Annual report of the Punjab Veterinary College and of the Civil Veterinary Department, Punjab - 1920-1925
Year: 1920
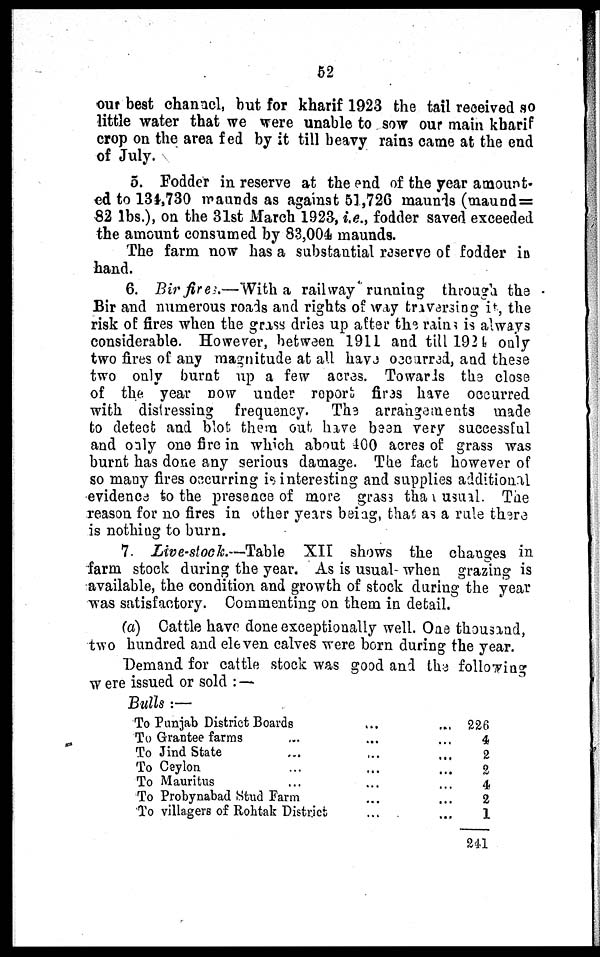
52
our best channel, but for kharif 1923 the tail received so
little water that we were unable to sow our main kharif
crop on the area fed by it till heavy rains came at the end
of July.
5. Fodder in reserve at the end of the year amount-
ed to 134,730 maunds as against 51,726 maunds (maund=
82 lbs.), on the 31st March 1923, i.e., fodder saved exceeded
the amount consumed by 83,004 maunds.
The farm now has a substantial reserve of fodder in
hand.
6. Bir fires.—With a railway running through the
Bir and numerous roads and rights of way traversing it, the
risk of fires when the grass dries up after the rains is always
considerable. However, between 1911 and till 1924 only
two fires of any magnitude at all have occurred, and these
two only burnt up a few acres. Towards the close
of the year now under report fires have occurred
with distressing frequency. The arrangements made
to detect and blot them out have been very successful
and only one fire in which about 400 acres of grass was
burnt has done any serious damage. The fact however of
so many fires occurring is interesting and supplies additional
evidence to the presence of more grass than usual. The
reason for no fires in other years being, that as a rule there
is nothing to burn.
7. Live-stock.—Table XII shows the changes in
farm stock during the year. As is usual- when grazing is
available, the condition and growth of stock during the year
was satisfactory. Commenting on them in detail.
(a) Cattle have done exceptionally well. One thousand,
two hundred and eleven calves were born during the year.
Demand for cattle stock was good and the following
were issued or sold :—
Bulls :—
To Punjab District Boards ...
To Grantee farms ... ...
To Jind State ... ...
To Ceylon ... ...
To Mauritus
...
...
To Probynabad Stud Farm ...
To villagers of Rohtak District ...
... 226
... 4
... 2
... 2
... 4
... 2
... 1
241